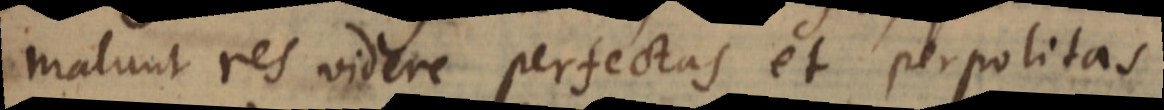
malunt res videre perfectas et perpolitas